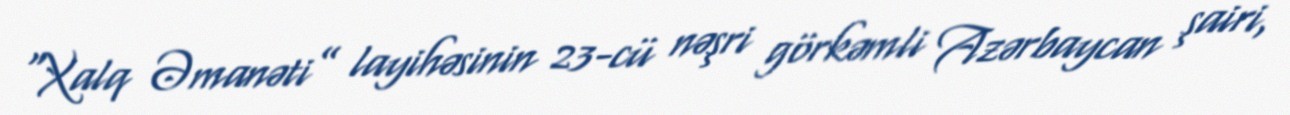
“Xalq Əmanəti” layihəsinin 23-cü nəşri görkəmli Azərbaycan şairi,